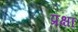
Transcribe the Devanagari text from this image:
प्रक्षा